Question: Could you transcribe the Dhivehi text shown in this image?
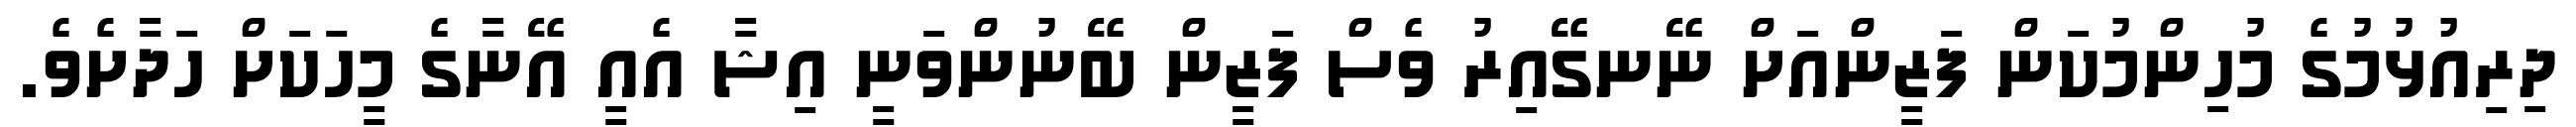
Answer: ދިރިއުޅުމުގެ މުހިންމުކަން ފަޒީންއަށް ނޭނގޭއިރު ވެސް ފަޒީން ބޭނުންވަނީ އިޝާ އެއީ އޭނާގެ މީހަކަށް ހަދާށެވެ.